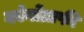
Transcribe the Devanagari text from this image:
कोर्नोग्राफी